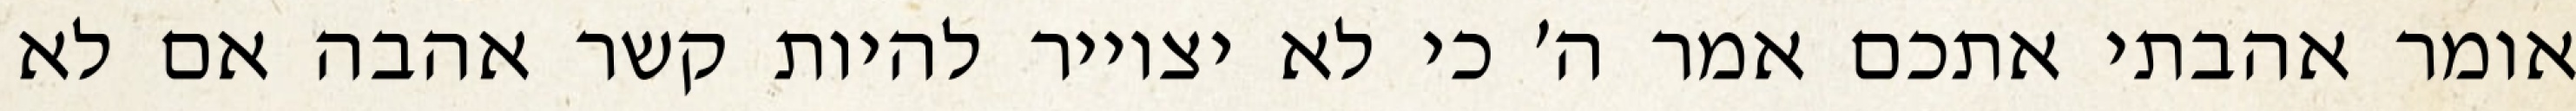
אומר אהבתי אתכם אמר ה׳ כי לא יצוייר להיות קשר אהבה אם לא